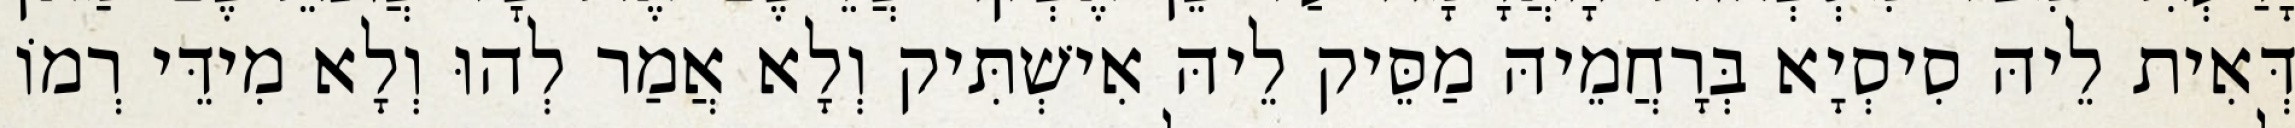
דְּאִית לֵיהּ סִיסְיָא בְּרָחֲמֵיהּ מַסֵּיק לֵיהּ אִישְׁתִּיק וְלָא אֲמַר לְהוּ וְלָא מִידֵּי רְמוֹ